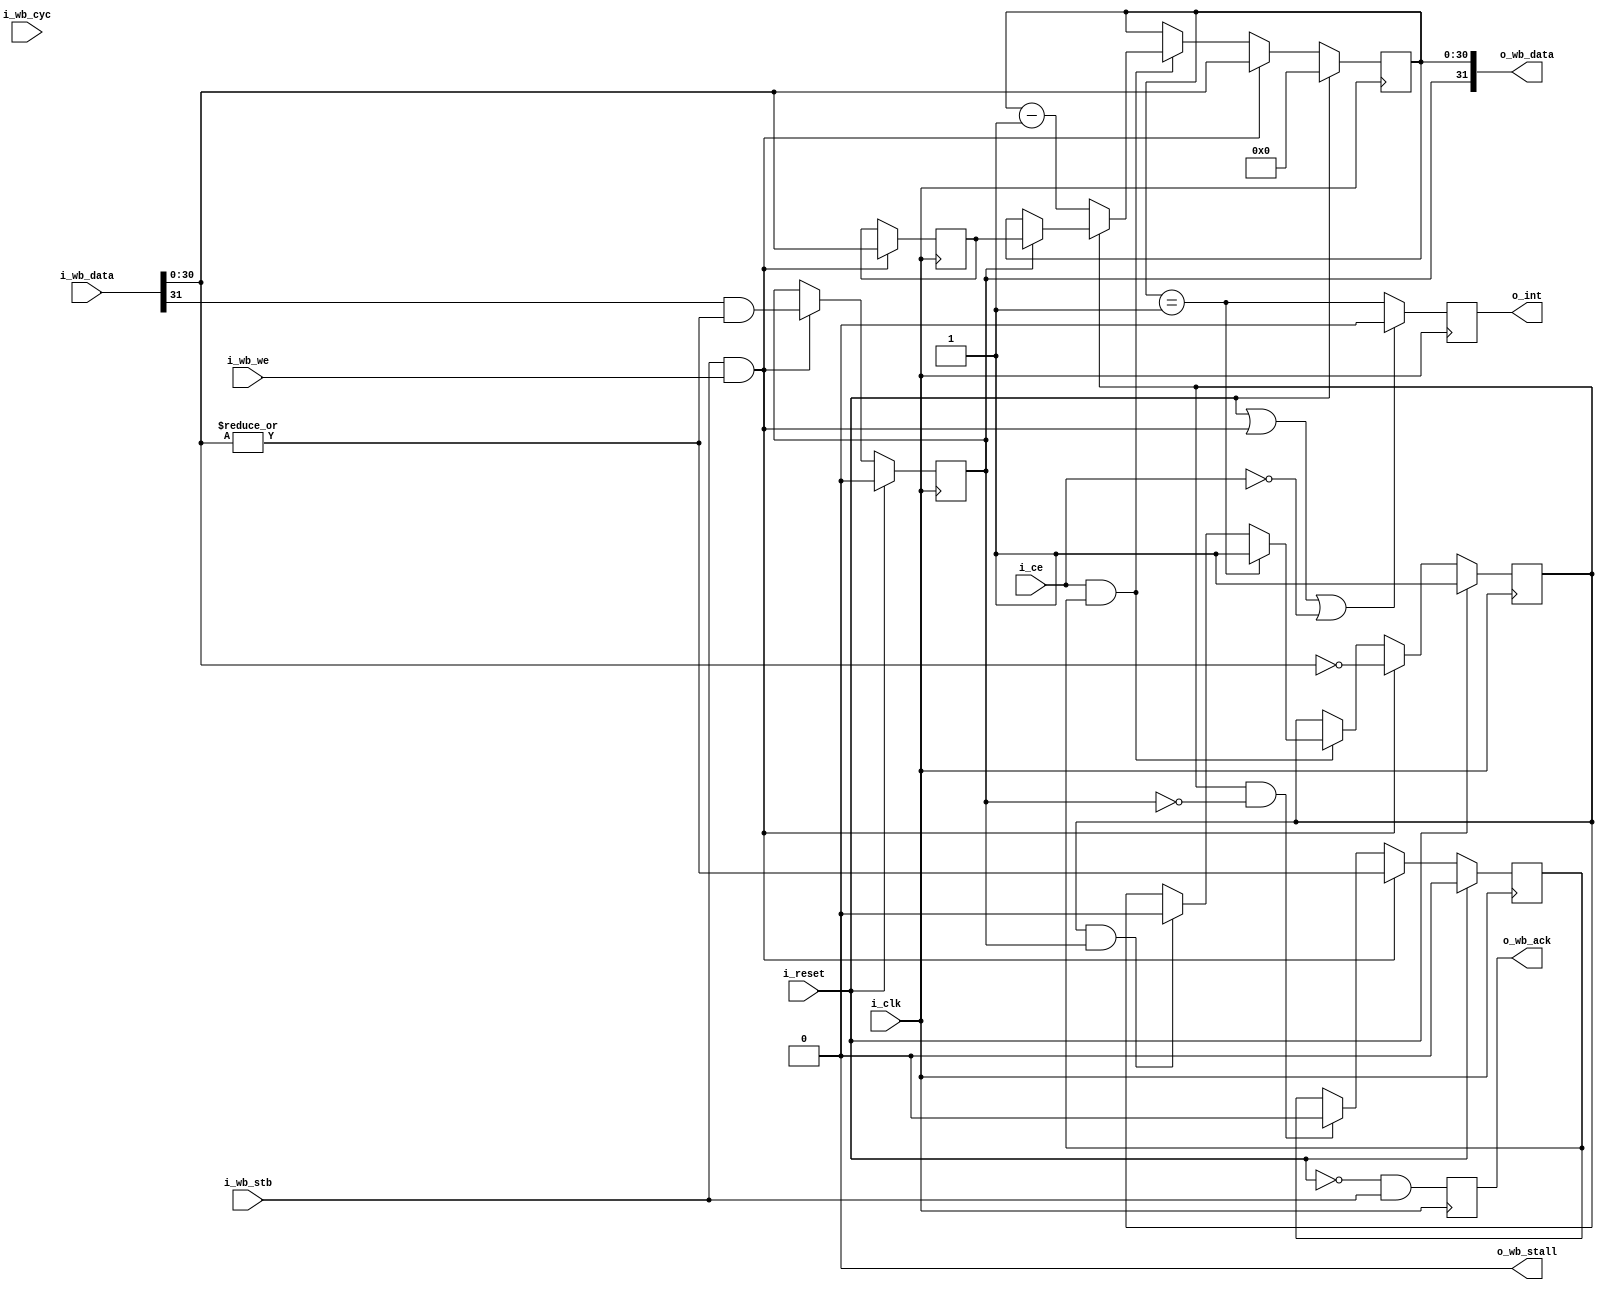
module	ziptimer(i_clk, i_reset, i_ce,
		i_wb_cyc, i_wb_stb, i_wb_we, i_wb_data,
			o_wb_ack, o_wb_stall, o_wb_data,
		o_int);
	parameter	BW = 32, VW = (BW-1), RELOADABLE=1;
	input	wire		i_clk, i_reset, i_ce;
	// Wishbone inputs
	input	wire		i_wb_cyc, i_wb_stb, i_wb_we;
	input	wire [(BW-1):0]	i_wb_data;
	// Wishbone outputs
	output	reg			o_wb_ack;
	output	wire			o_wb_stall;
	output	wire	[(BW-1):0]	o_wb_data;
	// Interrupt line
	output	reg		o_int;

	reg			r_running;

	wire	wb_write;
	assign	wb_write = ((i_wb_stb)&&(i_wb_we));

	wire			auto_reload;
	wire	[(VW-1):0]	interval_count;

	initial	r_running = 1'b0;
	always @(posedge i_clk)
		if (i_reset)
			r_running <= 1'b0;
		else if (wb_write)
			r_running <= (|i_wb_data[(VW-1):0]);
		else if ((r_zero)&&(!auto_reload))
			r_running <= 1'b0;

	generate
	if (RELOADABLE != 0)
	begin
		reg			r_auto_reload;
		reg	[(VW-1):0]	r_interval_count;

		initial	r_auto_reload = 1'b0;

		always @(posedge i_clk)
			if (i_reset)
				r_auto_reload <= 1'b0;
			else if (wb_write)
				r_auto_reload <= (i_wb_data[(BW-1)])
					&&(|i_wb_data[(VW-1):0]);

		assign	auto_reload = r_auto_reload;

		// If setting auto-reload mode, and the value to other
		// than zero, set the auto-reload value
		always @(posedge i_clk)
		if (wb_write)
			r_interval_count <= i_wb_data[(VW-1):0];
		assign	interval_count = r_interval_count;
	end else begin
		assign	auto_reload = 1'b0;
		assign	interval_count = 0;
	end endgenerate


	reg	[(VW-1):0]	r_value;
	initial	r_value = 0;
	always @(posedge i_clk)
		if (i_reset)
			r_value <= 0;
		else if (wb_write)
			r_value <= i_wb_data[(VW-1):0];
		else if ((i_ce)&&(r_running))
		begin
			if (!r_zero)
				r_value <= r_value - 1'b1;
			else if (auto_reload)
				r_value <= interval_count;
		end

	reg	r_zero  = 1'b1;
	always @(posedge i_clk)
		if (i_reset)
			r_zero <= 1'b1;
		else if (wb_write)
			r_zero <= (i_wb_data[(VW-1):0] == 0);
		else if ((r_running)&&(i_ce))
		begin
			if (r_value == { {(VW-1){1'b0}}, 1'b1 })
				r_zero <= 1'b1;
			else if ((r_zero)&&(auto_reload))
				r_zero <= 1'b0;
		end

	// Set the interrupt on our last tick, as we transition from one to
	// zero.
	initial	o_int   = 1'b0;
	always @(posedge i_clk)
		if ((i_reset)||(wb_write)||(!i_ce))
			o_int <= 1'b0;
		else // if (i_ce)
			o_int <= (r_value == { {(VW-1){1'b0}}, 1'b1 });

	initial	o_wb_ack = 1'b0;
	always @(posedge i_clk)
		o_wb_ack <= (!i_reset)&&(i_wb_stb);
	assign	o_wb_stall = 1'b0;

	generate
	if (VW < BW-1)
		assign	o_wb_data = { auto_reload, {(BW-1-VW){1'b0}}, r_value };
	else
		assign	o_wb_data = { auto_reload, r_value };
	endgenerate

	// Make verilator happy
	// verilator lint_off UNUSED
	wire	[32:0]	unused;
	assign	unused = { i_wb_cyc, i_wb_data };
	// verilator lint_on  UNUSED

`ifdef	FORMAL
// The formal properties for this module are maintained elsewhere
`endif
endmodule